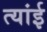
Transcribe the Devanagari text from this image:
त्यांई